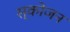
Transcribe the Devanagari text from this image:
स्कोजन